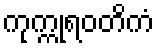
ကုက္ကုရဝတိကံ